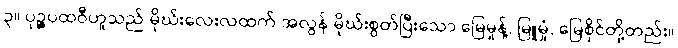
၃။ ပုဉ္ဇပထဝီဟူသည် မိုဃ်းလေးလထက် အလွန် မိုဃ်းစွတ်ပြီးသော မြေမှုန့်, မြူမှုံ, မြေစိုင်တို့တည်း။